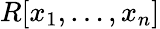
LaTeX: R[x_{1},\dots,x_{n}]